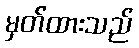
မှတ်ထားသည်